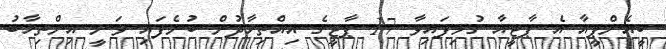
ބީއެންޕީއާ އެ ޕާޓީއާ ގުޅިފައިވާ 17 ޕާޓީގެ އިއްތިހާދުން ބުނެފައި ވަނީ އިންތިޚާބު